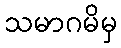
သမာဂမိမှ